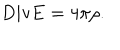
\mathrm { D i v } { \bf E } = 4 \pi \rho .